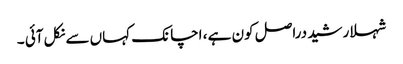
شہلا رشید دراصل کون ہے ، اچانک کہاں سے نکل آئی ۔